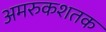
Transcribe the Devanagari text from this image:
अमरुकशतक